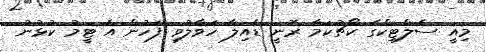
މިއީ ސެލްޓިކްގެ ކޯޗުކަމާ ރޮނީ ޑެއިލާ ހަވާލުވި ފަހުން އެ ޓީމު ކުޅުނު